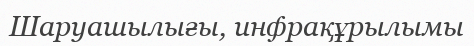
Шаруашылығы, инфрақұрылымы